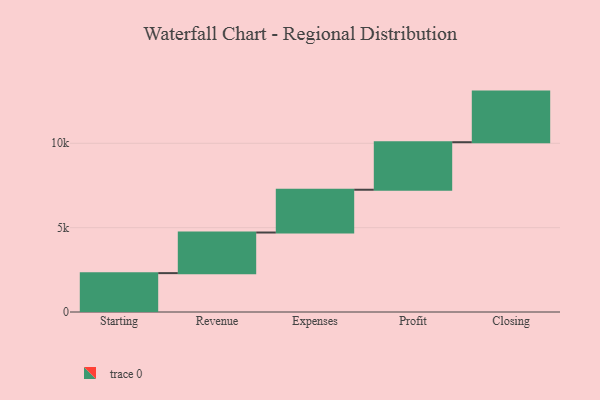
{"axis": {"x": "Step", "y": "Value"}, "legend": [""], "data": [{"x": "Starting", "y": 2304.0, "type": ""}, {"x": "Revenue", "y": 2407.0, "type": ""}, {"x": "Expenses", "y": 2536.0, "type": ""}, {"x": "Profit", "y": 2817.0, "type": ""}, {"x": "Closing", "y": 3000, "type": ""}]}